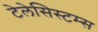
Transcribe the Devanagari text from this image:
टेलेसिस्टम्स